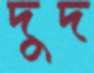
দুদ